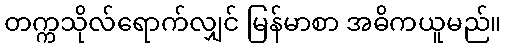
တက္ကသိုလ်ရောက်လျှင် မြန်မာစာ အဓိကယူမည်။